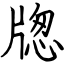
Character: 牎